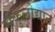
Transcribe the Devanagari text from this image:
संकुलोद्यान